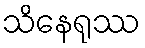
သိနေရုဿ